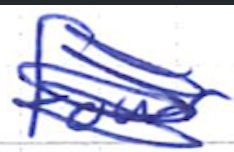
Text: four
Cross-out: scratch
Writing tool: ballpoint